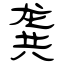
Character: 龚